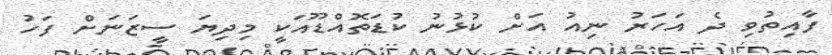
ފާއިތުވި ދެ އަހަރު ނިއު އަށް ކުޅުނު ކުޑަތޮއްޑޫއަކީ މިދިޔަ ސީޒަނަށް ފަހު